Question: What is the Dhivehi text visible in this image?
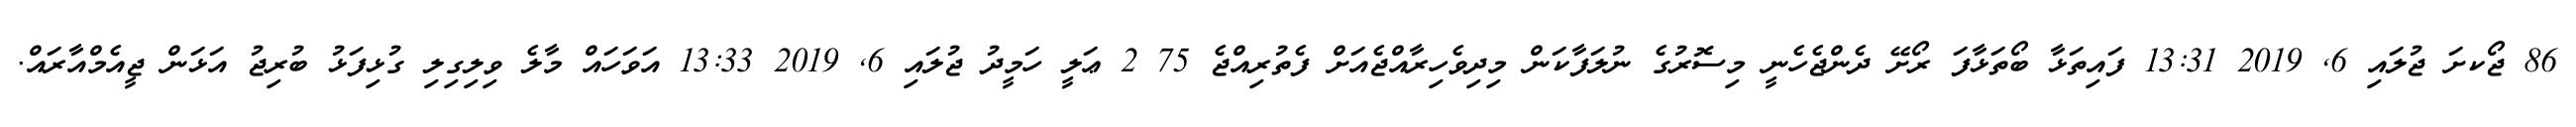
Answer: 86 ޖޯކށަ ޖުލައި 6, 2019 13:31 ފައިތަޅާ ބޯތަޅާފަ ރޯށޭ ދެންޖެހެނީ މިސޮރުގެ ނުލަފާކަން މިދިވެހިރާއްޖެއަށް ފެތުރިއްޖެ 75 2 ޢަލީ ހަމީދު ޖުލައި 6, 2019 13:33 އަވަހައް މާލެ ވިލިގިލި ގުޅިފަޅު ބުރިޖު އަޅަން ޖީއެމްއާރައް.